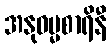
အနုဓမ္မစာရိနီ